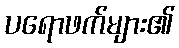
ပရောဖက်များ၏